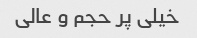
خیلی پر حجم و عالی